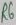
Text: R6